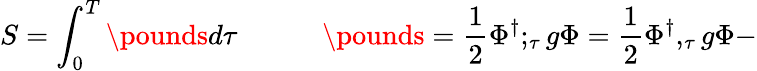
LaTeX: S=\int_{0}^{T}\pounds d\tau\quad\quad\quad\pounds=\frac{1}{2}\Phi^{\dagger};_{\tau}g\Phi=\frac{1}{2}\Phi^{\dagger},_{\tau}g\Phi-